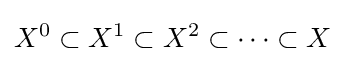
X^{0}\subset X^{1}\subset X^{2}\subset \cdots \subset X